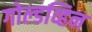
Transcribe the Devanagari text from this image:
गोल्डव्हिन